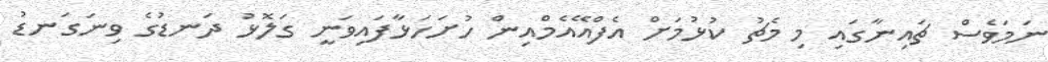
ނަމަވެސް ޗައިނާގައި މި މެޗު ކުޅުމަށް އެފްއޭއެމްއިން ހުށަހަޅާފައިވަނީ ގަލޮޅު ދަނޑުގެ ވިނަގަނޑު